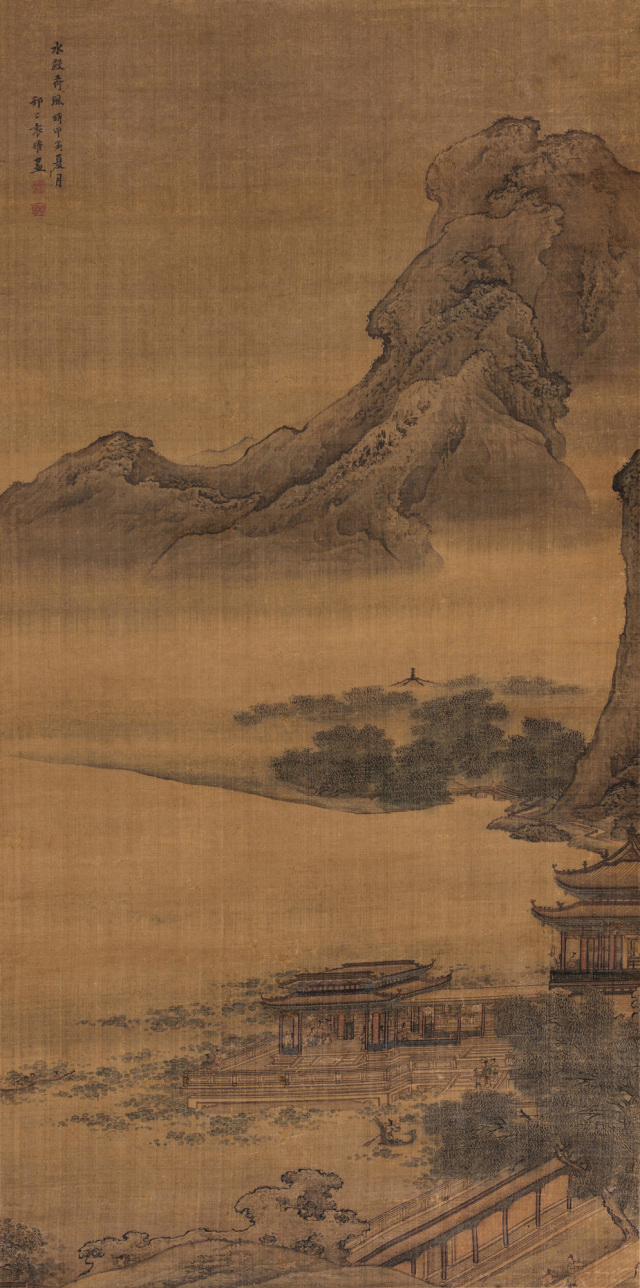
今日云景好，水绿秋山明。